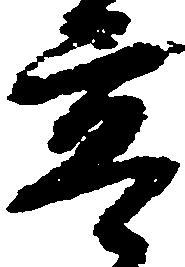
亭